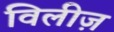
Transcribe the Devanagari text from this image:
विलीज़